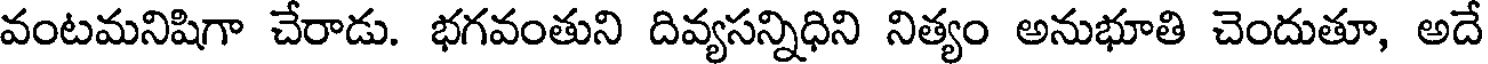
వంటమనిషిగా చేరాడు. భగవంతుని దివ్యసన్నిధిని నిత్యం అనుభూతి చెందుతూ, అదే